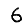
Digit: 6